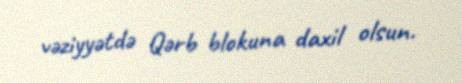
vəziyyətdə Qərb blokuna daxil olsun.